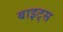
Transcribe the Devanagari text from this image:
बाइट्‌स